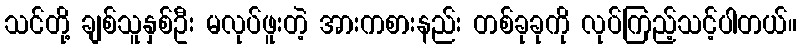
သင်တို့ ချစ်သူနှစ်ဦး မလုပ်ဖူးတဲ့ အားကစားနည်း တစ်ခုခုကို လုပ်ကြည့်သင့်ပါတယ်။